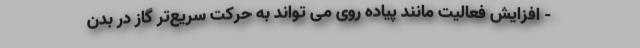
- افزایش فعالیت مانند پیاده روی می تواند به حرکت سریع‌تر گاز در بدن